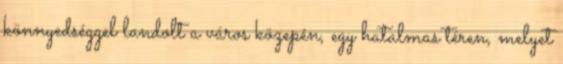
könnyedséggel landolt a város közepén, egy hatalmas téren, melyet